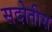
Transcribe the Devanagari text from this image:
सदोतीस